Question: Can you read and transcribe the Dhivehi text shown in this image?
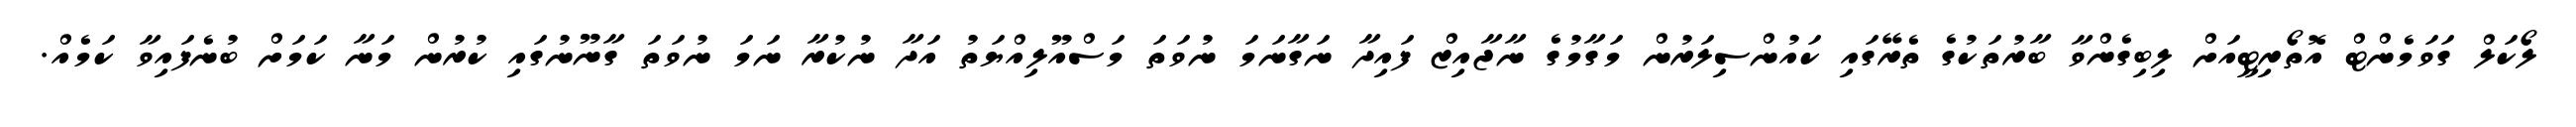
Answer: ލޯކަލް ގަވަމެންޓް އޮތޯރިޓީއަށް ލިބިގެންވާ ބާރުތަކުގެ ތެރޭގައި ކައުންސިލަރުން މަގާމުގެ ނާޖާއިޒް ފައިދާ ނަގާނަމަ ނުވަތަ މަސްއޫލިއްޔަތު އަދާ ނުކުރާ ނަމަ ނުވަތަ ގާނޫނުގައި ކުރުން މަނާ ކަމަށް ބުނެފައިވާ ކަމެއް.